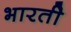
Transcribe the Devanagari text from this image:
भारतीे